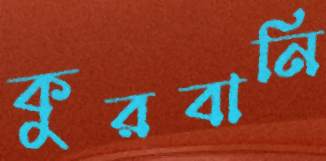
কুরবানি